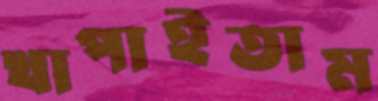
খাপাইতাম